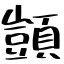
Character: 顗